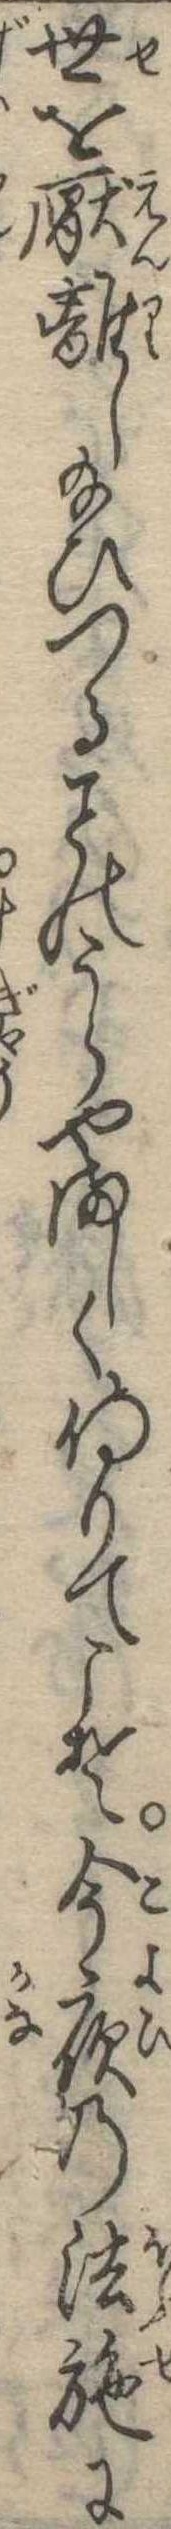
世を厭離し給ひつるのうらやましく侍りてこそ今夜の法施に